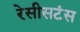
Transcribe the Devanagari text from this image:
रेसीसटंस